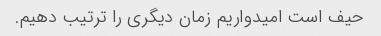
حیف است امیدواریم زمان دیگری را ترتیب دهیم.